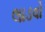
લાડવો